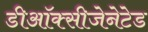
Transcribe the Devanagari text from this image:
डीऑक्सीजेनेटेड